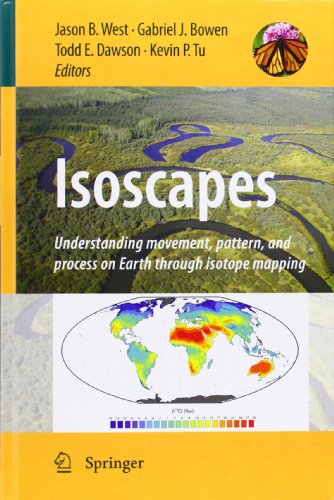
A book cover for Isoscapes: Understanding movement, pattern, and process on Earth through isotope mapping; Science & Math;